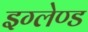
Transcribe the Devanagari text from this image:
इग्‍लेण्‍ड